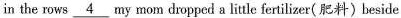
in the rows \underline{4} my mom dropped a little fertilizer( 肥料)beside